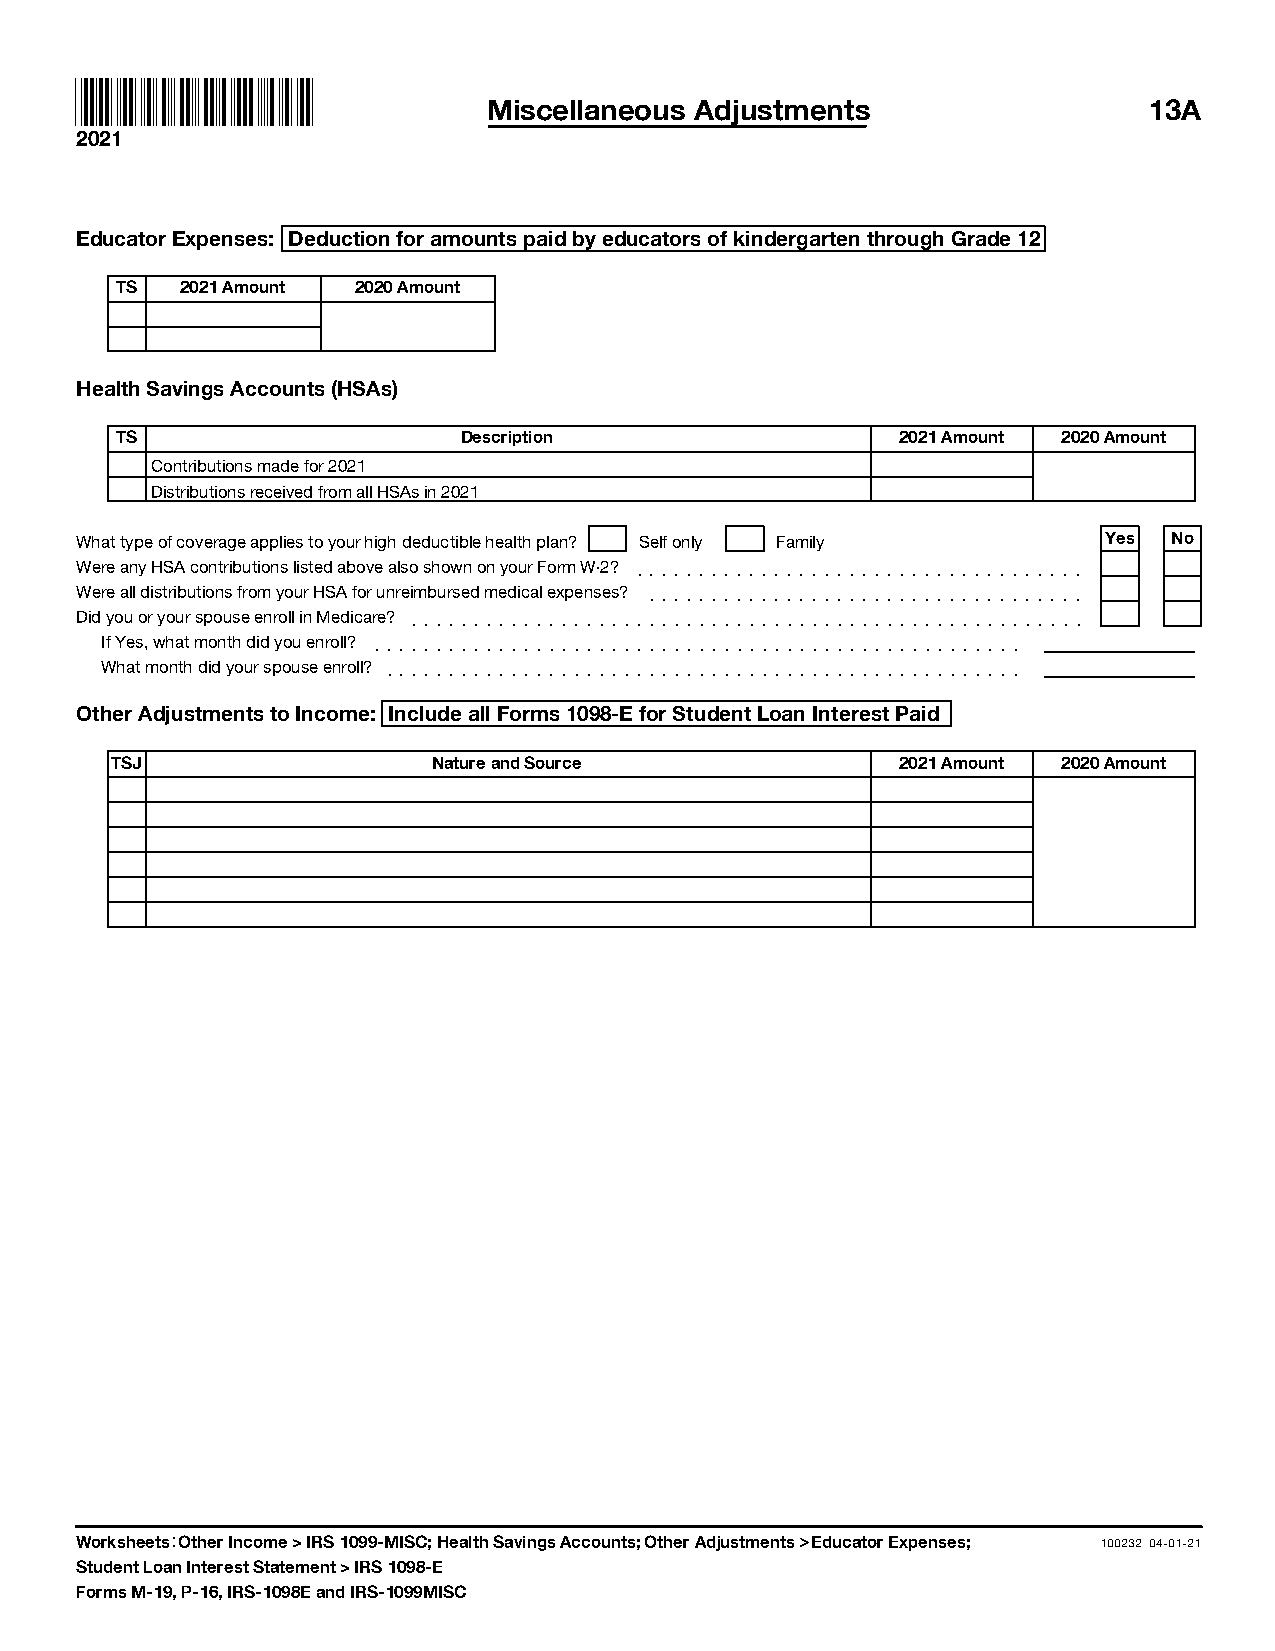
Miscellaneous Adjustments                   13A
 2021
 Educator Expenses: Deduction for amounts paid by educators of kindergarten through Grade 12
 TS  2021 Amount 2020 Amount
 Health Savings Accounts (HSAs)
 TS                    Description                  2021 Amount 2020 Amount
 Contributions made for 2021
 Distributions received from all HSAs in 2021
 What type of coverage applies to your high deductible health plan? Self only Family Yes No
 Were any HSA contributions listed above also shown on your Form W-2? ]]]]]]]]]]]]]]]]]]]]]]]]]]]]]]]]]]]]
 Were all distributions from your HSA for unreimbursed medical expenses? ]]]]]]]]]]]]]]]]]]]]]]]]]]]]]]]]]]]
 Did you or your spouse enroll in Medicare? ]]]]]]]]]]]]]]]]]]]]]]]]]]]]]]]]]]]]]]]]]]]]]]]]]]]]]]
 If Yes, what month did you enroll? ]]]]]]]]]]]]]]]]]]]]]]]]]]]]]]]]]]]]]]]]]]]]]]]]]]]]
 What month did your spouse enroll? ]]]]]]]]]]]]]]]]]]]]]]]]]]]]]]]]]]]]]]]]]]]]]]]]]]]
 Other Adjustments to Income: Include all Forms 1098-E for Student Loan Interest Paid
 TSJ                   Nature and Source             2021 Amount 2020 Amount
 Worksheets: Other Income > IRS 1099-MISC; Health Savings Accounts; Other Adjustments > Educator Expenses; 100232 04-01-21
 Student Loan Interest Statement > IRS 1098-E
 Forms M-19, P-16, IRS-1098E and IRS-1099MISC